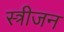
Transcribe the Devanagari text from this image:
स्त्रीजन